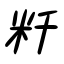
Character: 粁